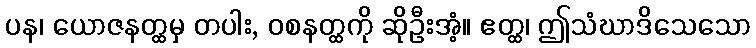
ပန၊ ယောဇနတ္ထမှ တပါး, ဝစနတ္ထကို ဆိုဦးအံ့။ ဧတ္ထ၊ ဤသံဃာဒိသေသော